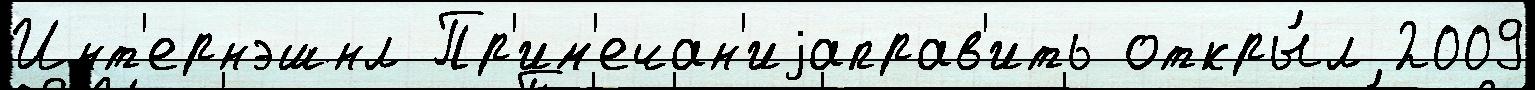
Инт'ернэшнл Пр'им'ечан'иjаправ'ить откры́л 2009